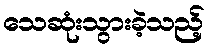
သေဆုံးသွားခဲ့သည့်